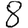
Digit: 8